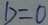
b = 0